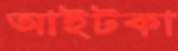
আইটকা